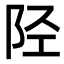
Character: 陉